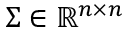
\b { \Sigma } \in \mathbb { R } ^ { n \times n }